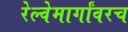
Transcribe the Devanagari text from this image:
रेल्वेमार्गांवरच